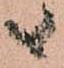
候